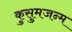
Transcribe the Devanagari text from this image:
कुसुमजन्म